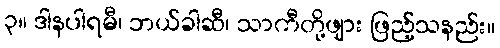
၃။ ဒါနပါရမီ၊ ဘယ်ခါဆီ၊ သာကီတို့ဖျား ဖြည့်သနည်း။